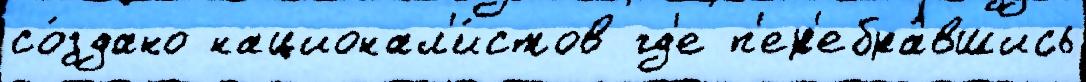
со́здано национал'и́стов гд'е п'ер'ебра́вшись